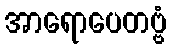
အာရောပေတဗ္ဗံ